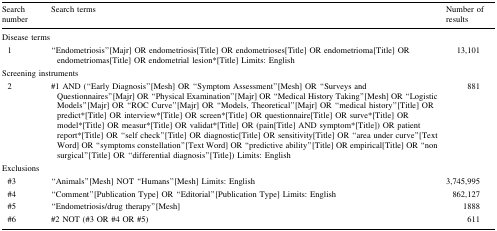
<table><thead><tr><td><b>Search number</b></td><td><b>Search terms</b></td><td><b>Number of results</b></td></tr></thead><tbody><tr><td colspan="3">Disease terms</td></tr><tr><td> 1</td><td>“Endometriosis”[Majr] OR endometriosis[Title] OR endometrioses[Title] OR endometrioma[Title] OR endometriomas[Title] OR endometrial lesion*[Title] Limits: English</td><td>13,101</td></tr><tr><td colspan="3">Screening instruments</td></tr><tr><td> 2</td><td>#1 AND (“Early Diagnosis”[Mesh] OR “Symptom Assessment”[Mesh] OR “Surveys and Questionnaires”[Majr] OR “Physical Examination”[Majr] OR “Medical History Taking”[Mesh] OR “Logistic Models”[Majr] OR “ROC Curve”[Majr] OR “Models, Theoretical”[Majr] OR “medical history”[Title] OR predict*[Title] OR interview*[Title] OR screen*[Title] OR questionnaire[Title] OR surve*[Title] OR model*[Title] OR measur*[Title] OR validat*[Title] OR (pain[Title] AND symptom*[Title]) OR patient report*[Title] OR “self check”[Title] OR diagnostic[Title] OR sensitivity[Title] OR “area under curve”[Text Word] OR “symptoms constellation”[Text Word] OR “predictive ability”[Title] OR empirical[Title] OR “non surgical”[Title] OR “differential diagnosis”[Title]) Limits: English</td><td>881</td></tr><tr><td colspan="3">Exclusions</td></tr><tr><td> #3</td><td>“Animals”[Mesh] NOT “Humans”[Mesh] Limits: English</td><td>3,745,995</td></tr><tr><td> #4</td><td>“Comment”[Publication Type] OR “Editorial”[Publication Type] Limits: English</td><td>862,127</td></tr><tr><td> #5</td><td>“Endometriosis/drug therapy”[Mesh]</td><td>1888</td></tr><tr><td> #6</td><td>#2 NOT (#3 OR #4 OR #5)</td><td>611</td></tr></tbody></table>